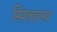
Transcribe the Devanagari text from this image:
स्पितहास्य